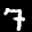
Label: 7